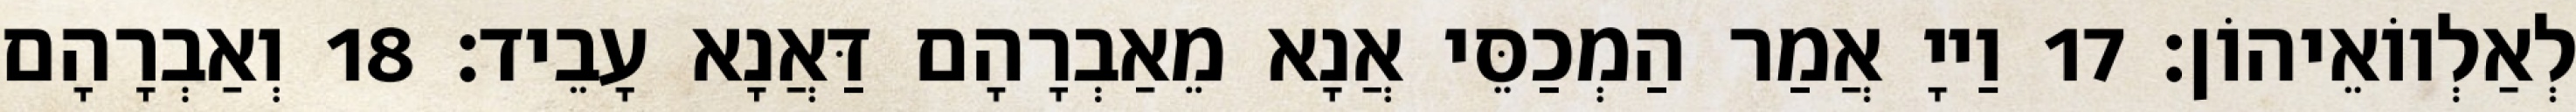
לְאַלְווֹאֵיהוֹן׃ 17 וַייָ אֲמַר הַמְכַסֵּי אֲנָא מֵאַבְרָהָם דַּאֲנָא עָבֵיד׃ 18 וְאַבְרָהָם